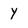
Character: y